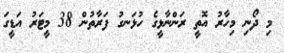
މި ދޯނި މިހާރު އޮތީ ރަންނާޅީގެ ހުޅަނގު ފަރާތުން 38 މީޓަރު އަޑީގަ